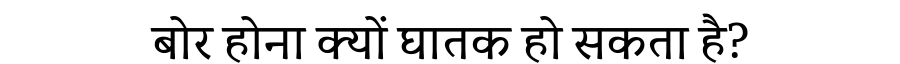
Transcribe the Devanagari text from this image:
बोर होना क्यों घातक हो सकता है?